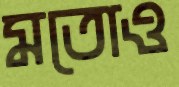
মতোও